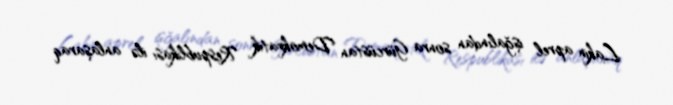
Lakin aprel işğalından sonra Gürcüstan Demokratik Respublikası ilə anlaşaraq